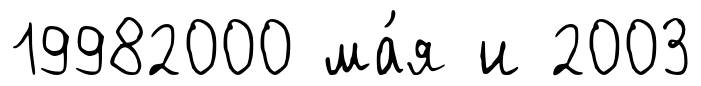
19982000 ма́я и 2003